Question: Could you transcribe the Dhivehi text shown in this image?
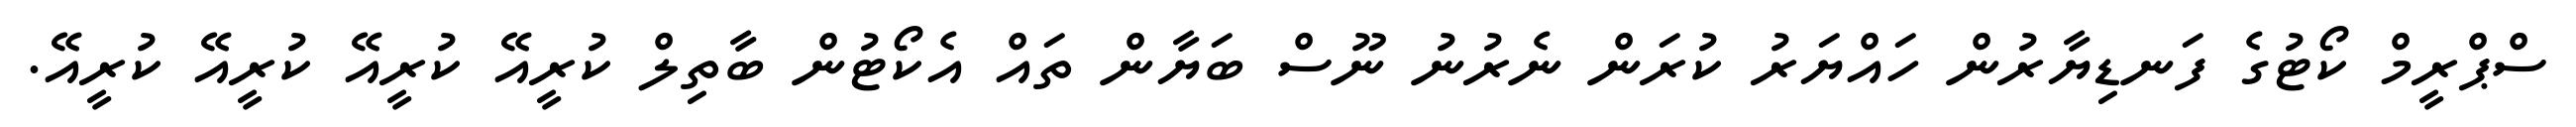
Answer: ސްޕްރީމް ކޯޓުގެ ފަނޑިޔާރުން ހައްޔަރު ކުރަން ނެރުނު ނޫސް ބަޔާން ތައް އެކޯޓުން ބާތިލް ކުރީއޭ ކުރީއޭ ކުރީއޭ ކުރީއޭ.